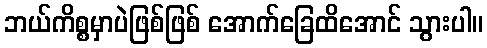
ဘယ်ကိစ္စမှာပဲဖြစ်ဖြစ် အောက်ခြေထိအောင် သွားပါ။